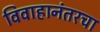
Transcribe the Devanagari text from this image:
विवाहानंतरचा